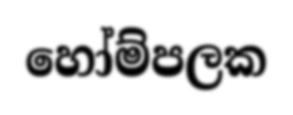
හෝම්පලක